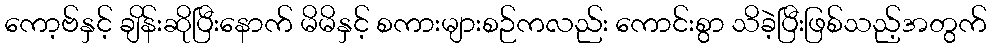
ကော့ဗ်နှင့် ချိန်းဆိုပြီးနောက် မိမိနှင့် စကားများစဉ်ကလည်း ကောင်းစွာ သိခဲ့ပြီးဖြစ်သည့်အတွက်